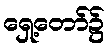
ရှေ့တော်၌